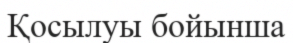
Қосылуы бойынша